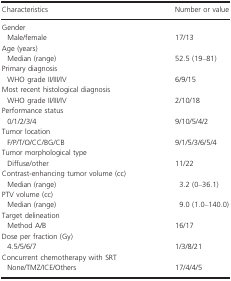
| Characteristics | Number or value |
 | --- | --- |
 | <COLSPAN=2> Gender |
 | Male/female | 17/13 |
 | <COLSPAN=2> Age (years) |
 | Median (range) | 52.5 (19–81) |
 | <COLSPAN=2> Primary diagnosis |
 | WHO grade II/III/IV | 6/9/15 |
 | <COLSPAN=2> Most recent histological diagnosis |
 | WHO grade II/III/IV | 2/10/18 |
 | <COLSPAN=2> Performance status |
 | 0/1/2/3/4 | 9/10/5/4/2 |
 | <COLSPAN=2> Tumor location |
 | F/P/T/O/CC/BG/CB | 9/1/5/3/6/5/4 |
 | <COLSPAN=2> Tumor morphological type |
 | Diffuse/other | 11/22 |
 | <COLSPAN=2> Contrast-enhancing tumor volume (cc) |
 | Median (range) | 3.2 (0–36.1) |
 | <COLSPAN=2> PTV volume (cc) |
 | Median (range) | 9.0 (1.0–140.0) |
 | <COLSPAN=2> Target delineation |
 | Method A/B | 16/17 |
 | <COLSPAN=2> Dose per fraction (Gy) |
 | 4.5/5/6/7 | 1/3/8/21 |
 | <COLSPAN=2> Concurrent chemotherapy with SRT |
 | None/TMZ/ICE/Others | 17/4/4/5 |